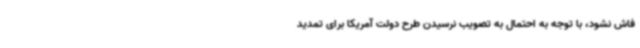
فاش نشود، با توجه به احتمال به تصویب نرسیدن طرح دولت آمریکا برای تمدید